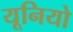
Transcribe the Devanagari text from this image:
यूनियो